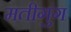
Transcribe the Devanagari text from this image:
मतीगुंग